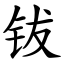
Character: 钹